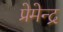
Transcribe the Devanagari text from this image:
प्रेमेन्द्र